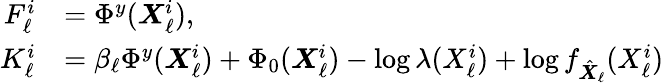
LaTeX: \begin{array}{rl}{F_{\ell}^{i}}&{=\Phi^{y}({\boldsymbol X}_{\ell}^{i}),}\\ {K_{\ell}^{i}}&{=\beta_{\ell}\Phi^{y}({\boldsymbol X}_{\ell}^{i})+\Phi_{0}({\boldsymbol X}_{\ell}^{i})-\log\lambda(X_{\ell}^{i})+\log f_{\hat{\boldsymbol X}_{\ell}}(X_{\ell}^{i})}\end{array}